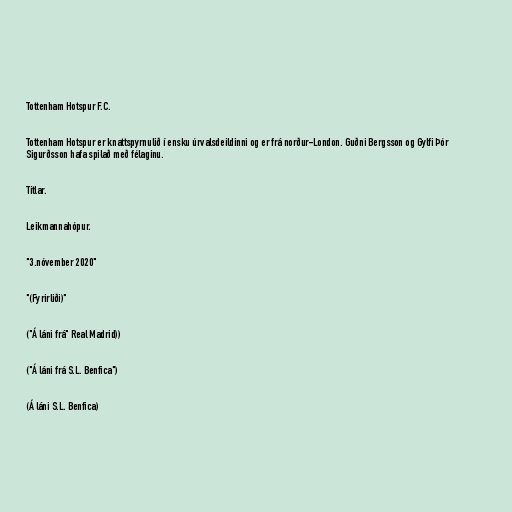
Tottenham Hotspur F.C.

Tottenham Hotspur er knattspyrnulið í ensku úrvalsdeildinni og er frá norður-London. Guðni Bergsson og Gylfi Þór
Sigurðsson hafa spilað með félaginu.

Titlar.

Leikmannahópur.

"3.nóvember 2020"

"(Fyrirliði)"

("Á láni frá" Real Madrid))

("Á láni frá S.L. Benfica")

(Á láni S.L. Benfica)